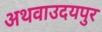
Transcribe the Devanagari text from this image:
अथवाउदयपुर